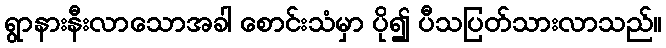
ရွာနားနီးလာသောအခါ စောင်းသံမှာ ပို၍ ပီသပြတ်သားလာသည်။